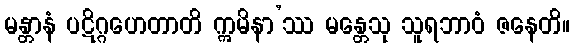
မန္တာနံ ပဋိဂ္ဂဟေတာတိ ဣမိနာ’ဿ မန္တေသု သူရဘာဝံ ဇနေတိ။